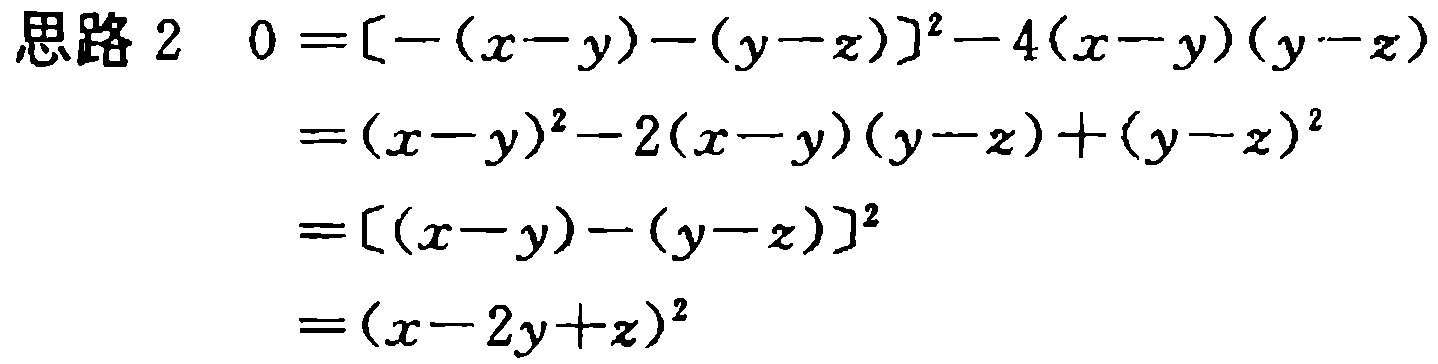
```
思路 2 \(0 = [-(x - y)-(y - z)]^2-4(x - y)(y - z)\)
\(=(x - y)^2-2(x - y)(y - z)+(y - z)^2\)
\(=[(x - y)-(y - z)]^2\)
\(=(x - 2y + z)^2\)
```